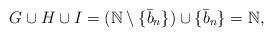
LaTeX: \begin{align*}G \cup H \cup I &= (\mathbb{N}\setminus \{\bar{b}_n\})\cup \{\bar{b}_n\} = \mathbb{N},\end{align*}